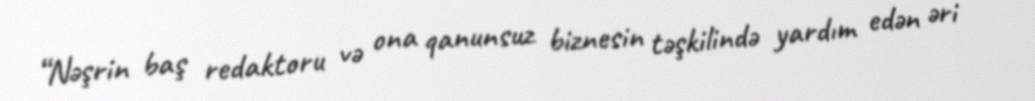
“Nəşrin baş redaktoru və ona qanunsuz biznesin təşkilində yardım edən əri